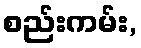
စည်းကမ်း,